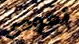
تعودي